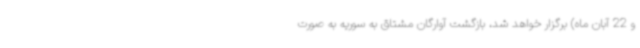
و 22 آبان ماه) برگزار خواهد شد، بازگشت آوارگان مشتاق به سوریه به صورت